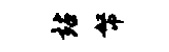
站帑